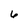
Character: 6